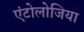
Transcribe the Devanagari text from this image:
एंटोलोजिया